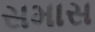
સમાસ